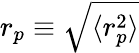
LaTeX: r_{p}\equiv\sqrt{\langle r_{p}^{2}\rangle}